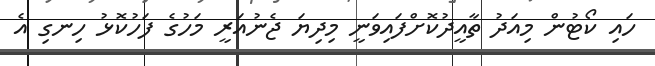
ހައި ކޯޓުން މިއަދު ތާއީދުކޮށްފައިވަނީ މިދިޔަ ޖެނުއަރީ މަހުގެ ފަހުކޮޅު ހިނގި އެ